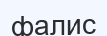
фалис